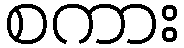
စကား